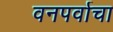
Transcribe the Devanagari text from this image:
वनपर्वाचा